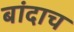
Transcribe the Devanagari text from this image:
बांदाच